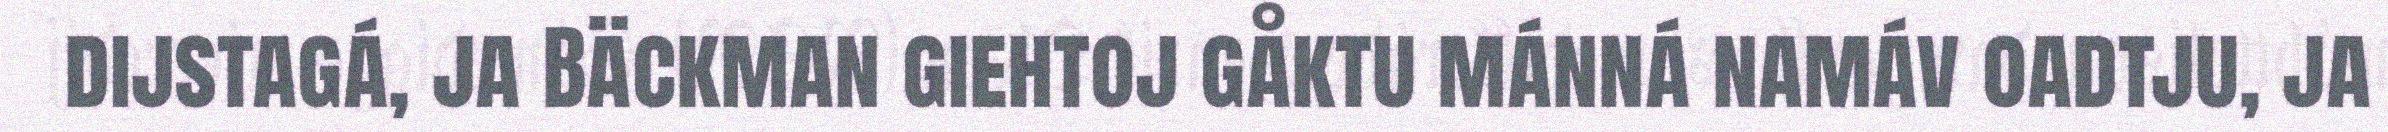
dijstagá, ja Bäckman giehtoj gåktu mánná namáv oadtju, ja